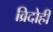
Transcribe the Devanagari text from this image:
व्रिदोही